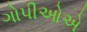
ગોપીઓએ